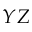
Y Z